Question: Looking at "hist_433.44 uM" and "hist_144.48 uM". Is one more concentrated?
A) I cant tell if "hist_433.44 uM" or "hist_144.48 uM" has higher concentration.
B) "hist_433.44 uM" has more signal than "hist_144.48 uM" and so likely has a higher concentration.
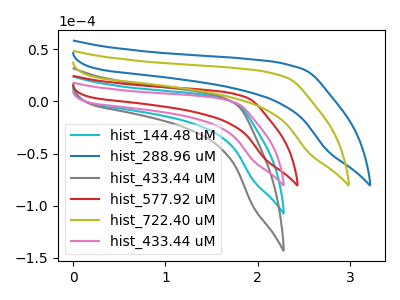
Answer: <think>The cyan curve "hist_144.48 uM" has no peaks. The blue curve "hist_288.96 uM" has no peaks. The gray curve "hist_433.44 uM" has no peaks. The red curve "hist_577.92 uM" has no peaks. The olive curve "hist_722.40 uM" has no peaks. The pink curve "hist_433.44 uM" has no peaks.
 Neither "hist_433.44 uM" or "hist_144.48 uM" have any peaks.</think>
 <answer>A) I cant tell if "hist_433.44 uM" or "hist_144.48 uM" has higher concentration.</answer>
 <eval>A</eval>